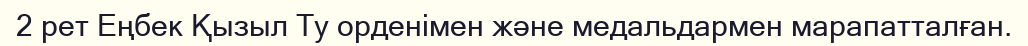
2 рет Еңбек Қызыл Ту орденімен және медальдармен марапатталған.